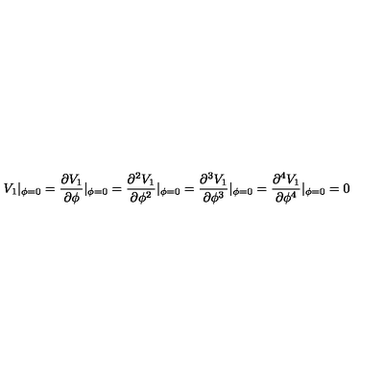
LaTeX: V _ { 1 } | _ { \phi = 0 } = \frac { \partial V _ { 1 } } { \partial \phi } | _ { \phi = 0 } = \frac { \partial ^ { 2 } V _ { 1 } } { \partial \phi ^ { 2 } } | _ { \phi = 0 } = \frac { \partial ^ { 3 } V _ { 1 } } { \partial \phi ^ { 3 } } | _ { \phi = 0 } = \frac { \partial ^ { 4 } V _ { 1 } } { \partial \phi ^ { 4 } } | _ { \phi = 0 } = 0